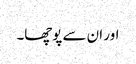
اور ان سے پوچھا۔